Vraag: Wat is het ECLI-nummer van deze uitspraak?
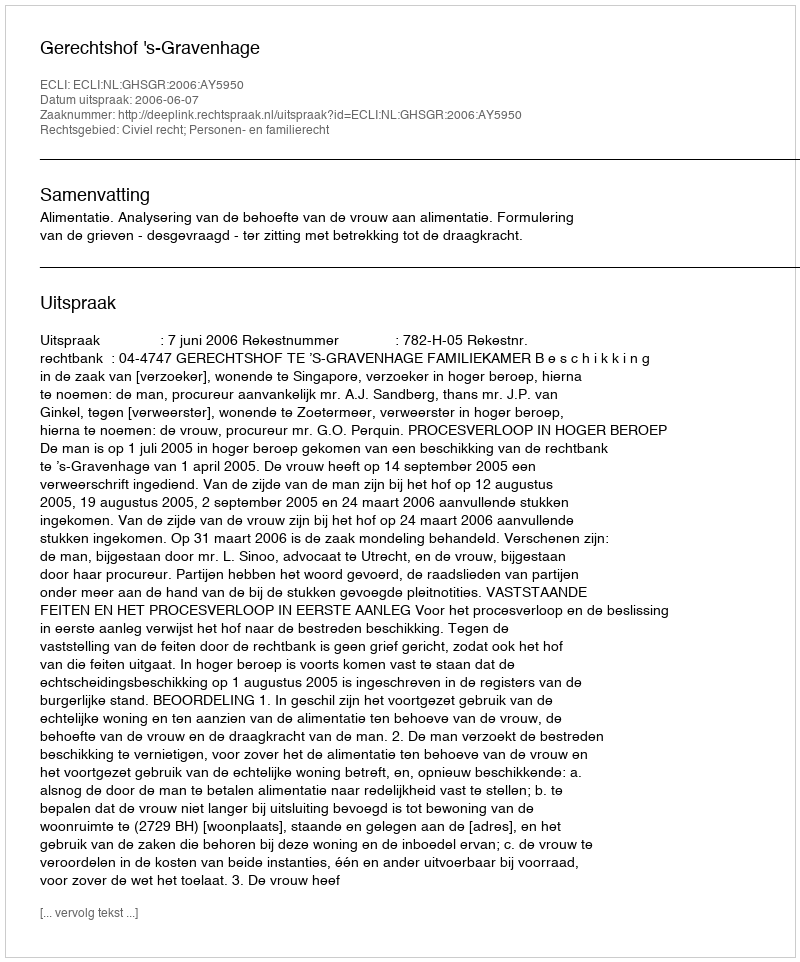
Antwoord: ECLI:NL:GHSGR:2006:AY5950